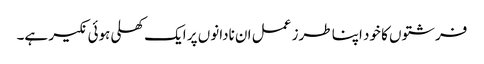
فرشتوں کا خود اپنا طرز عمل ان نادانوں پر ایک کھلی ہوئی نکیر ہے۔